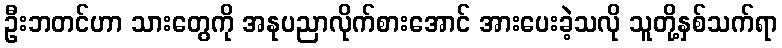
ဦးဘတင်ဟာ သားတွေကို အနုပညာလိုက်စားအောင် အားပေးခဲ့သလို သူတို့နှစ်သက်ရာ